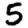
Digit: 5